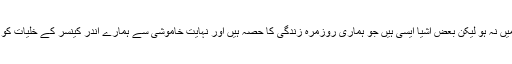
شاید آپ کے علم میں نہ ہو لیکن بعض اشیا ایسی ہیں جو ہماری روزمرہ زندگی کا حصہ ہیں اور نہایت خاموشی سے ہمارے اندر کینسر کے خلیات کو فعال کر رہی ہیں۔